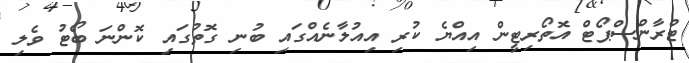
ޓްރާންސްޕޯޓް އޮތޯރިޓީން އިއްޔެ ކުރި އިއުލާނެއްގައި ބުނި ގޮތުގައި ކޮންނަ ބޯޓު ވެލި